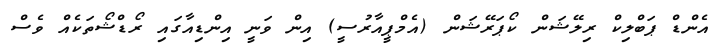
އެންޑް ޕަބްލިކް ރިލޭޝަން ކޯޕަރޭޝަން (އެމްޕީއާރުސީ) އިން ވަނީ އިންޑިއާގައި ރޯޑްޝޯތަކެއް ވެސް